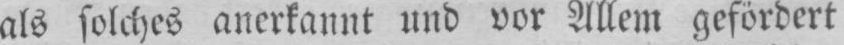
als solches anerkannt und vor Allem gefördert